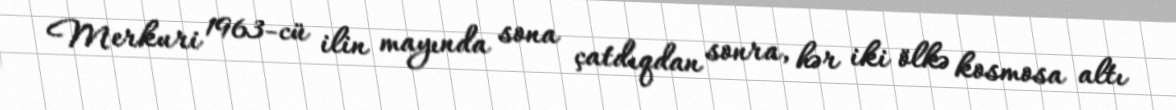
Merkuri 1963-cü ilin mayında sona çatdıqdan sonra, hər iki ölkə kosmosa altı